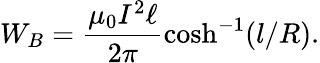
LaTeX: W_{B}=\frac{\mu_{0}I^{2}\ell}{2\pi}\cosh^{-1}(l/R).